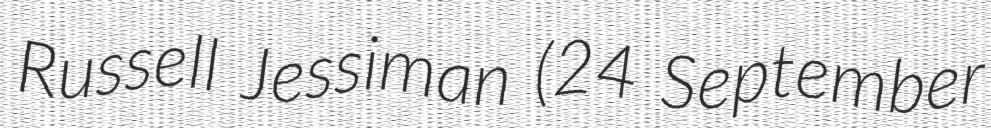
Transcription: Russell Jessiman (24 September